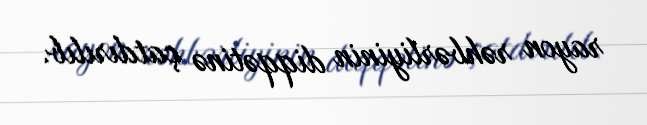
rayon rəhbərliyinin diqqətinə çatdırılıb.